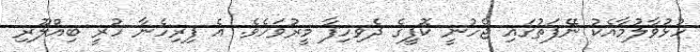
ހުޅުވާލުމާއެކު ނޭފަތުގައި ޖެހުނީ ކޮފީގެ ދެވިހިފާ މީރުވަހެވެ. އެ ފިރިހެނާ ހުރީ ބިއްލޫރި